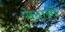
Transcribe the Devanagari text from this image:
मेदानी